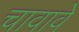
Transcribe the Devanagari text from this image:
चावावे